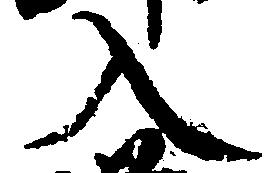
入